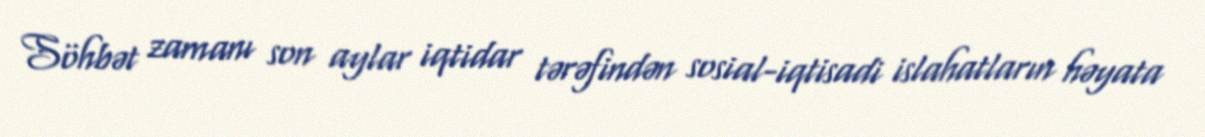
Söhbət zamanı son aylar iqtidar tərəfindən sosial-iqtisadi islahatların həyata